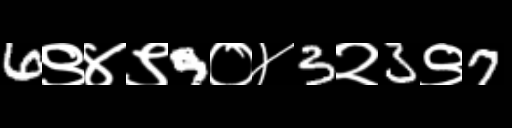
Text: 6९४९9०४3२3९7